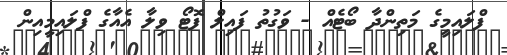
ފްލައިމީގެ މަތިންދާ ބޯޓެއް - ވަގުތު ފައިލް ފޮޓޯ ވިލާ އެއާގެ ފްލައިމީއިން